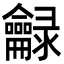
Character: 龣